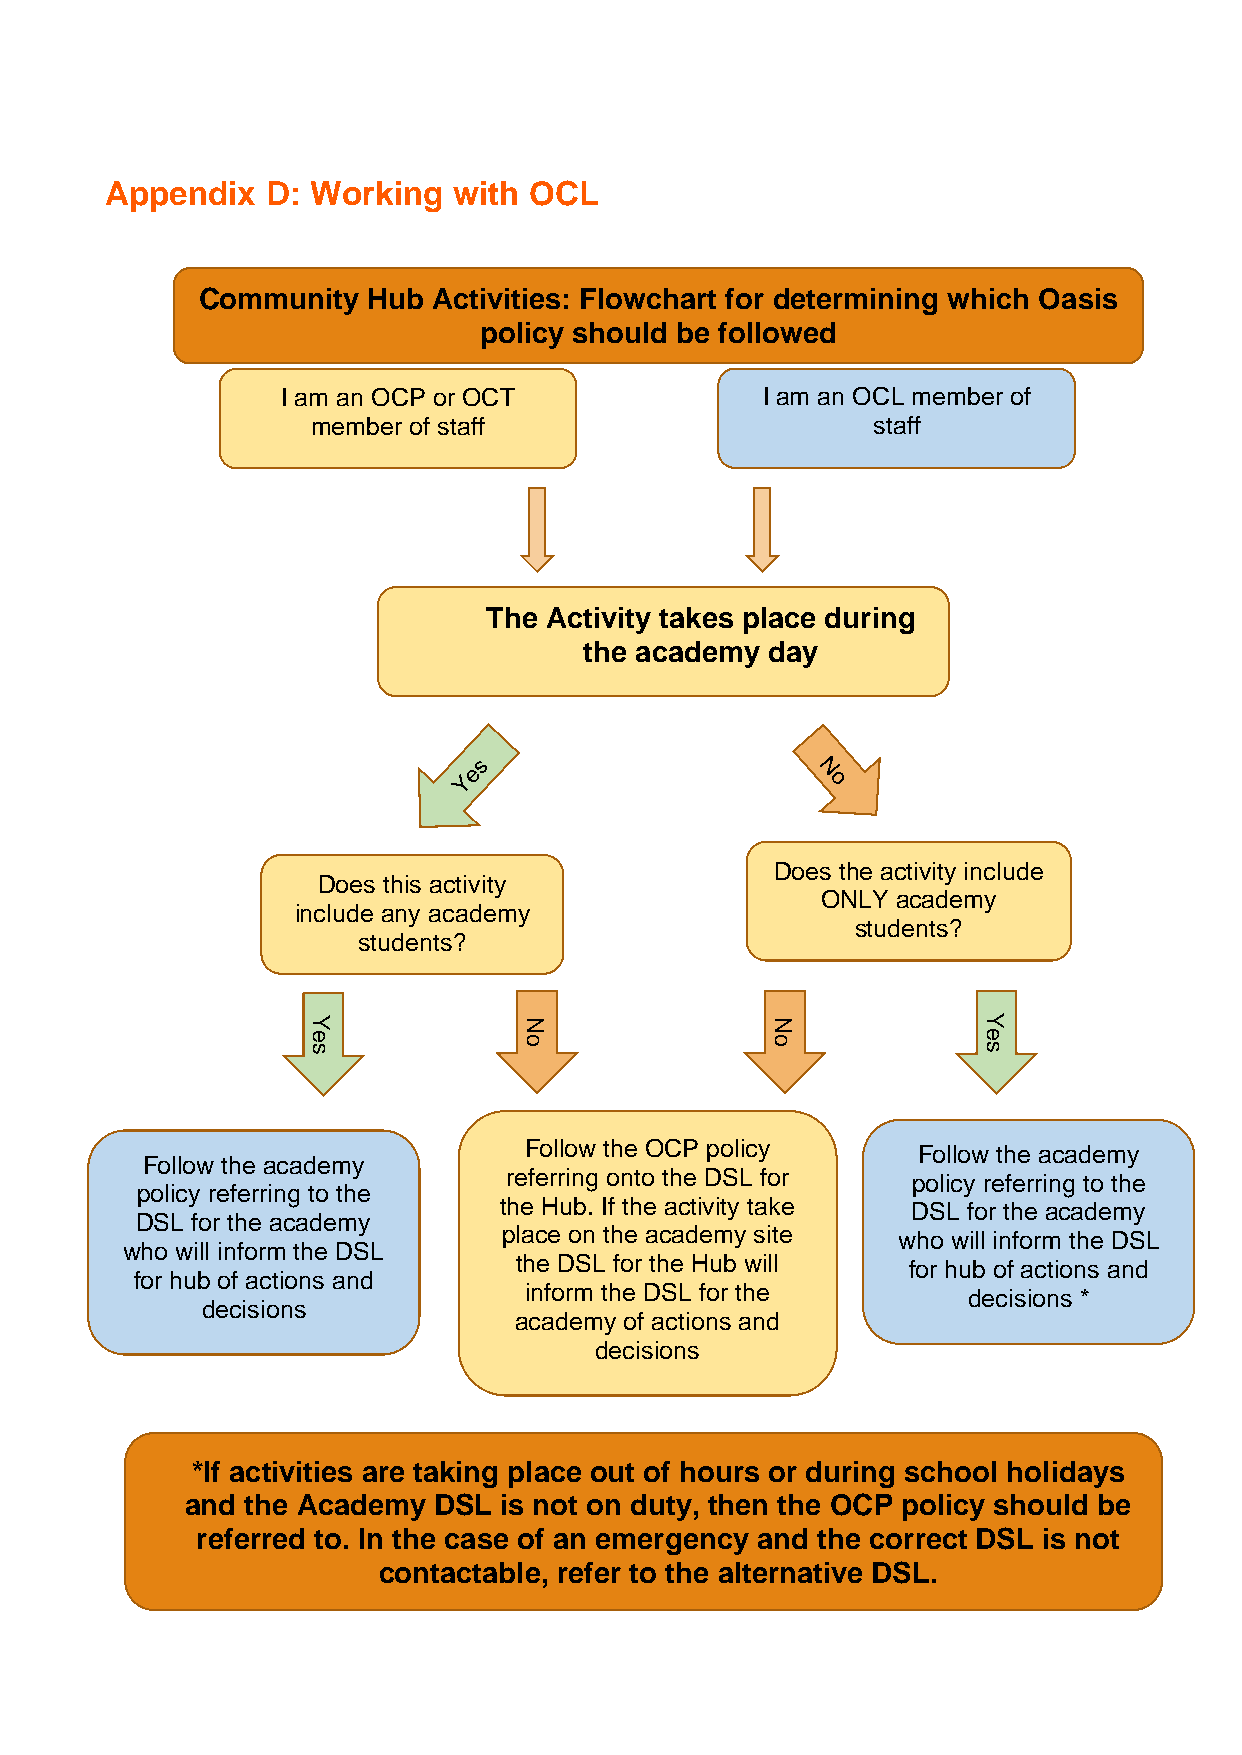
Appendix   D: Working  with OCL
 Community  Hub  Activities: Flowchart for determining which Oasis
 policy should be followed
 I am an OCP or OCT             I am an OCL member of
 member of staff                      staff
 The Activity takes place during
 the academy day
 Does the activity include
 Does this activity
 ONLY academy
 include any academy
 students?
 students?
 Y              N               N             Y
 e              o               o             e
 s                                            s
 Follow the OCP policy     Follow the academy
 Follow the academy
 referring onto the DSL for policy referring to the
 policy referring to the
 the Hub. If the activity take DSL for the academy
 DSL for the academy
 place on the academy site who will inform the DSL
 who will inform the DSL
 for hub of actions and
 the DSL for the Hub will  for hub of actions and
 inform the DSL for the       decisions *
 decisions
 academy of actions and
 decisions
 *If activities are taking place out of hours or during school holidays
 and the Academy  DSL is not on duty, then the OCP policy should be
 referred to. In the case of an emergency and the correct DSL is not
 contactable, refer to the alternative DSL.